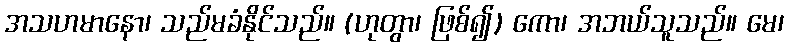
အသဟမာနော၊ သည်မခံနိုင်သည်။ (ဟုတွာ၊ ဖြစ်၍) ကော၊ အဘယ်သူသည်။ မေ၊